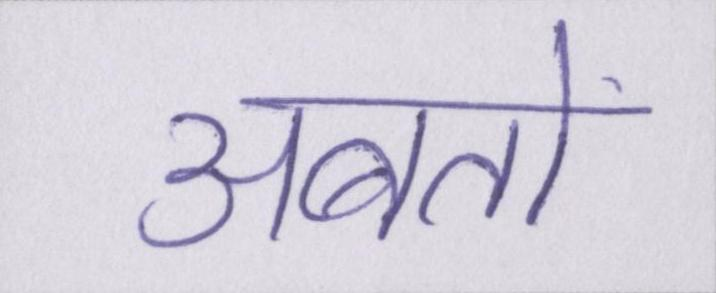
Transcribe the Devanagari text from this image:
अबतो